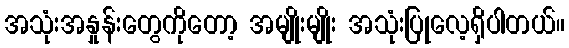
အသုံးအနှုန်းတွေကိုတော့ အမျိုးမျိုး အသုံးပြုလေ့ရှိပါတယ်။